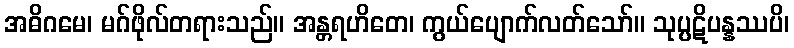
အဓိဂမေ၊ မဂ်ဖိုလ်တရားသည်။ အန္တရဟိတေ၊ ကွယ်ပျောက်လတ်သော်။ သုပ္ပဋိပန္နဿပိ၊